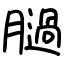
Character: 膼